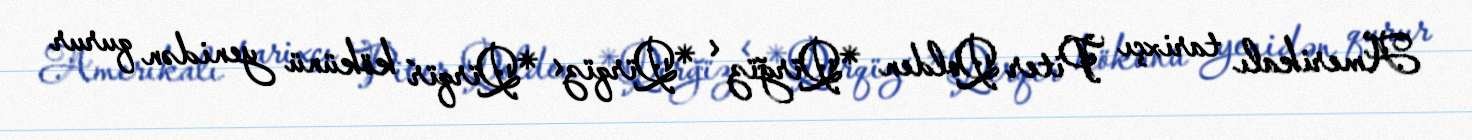
Amerikalı tarixçı Piter Qolden *Qïrğïz < *Qïrqïz< *Qïrqïŕ kökünü yenidən qurur